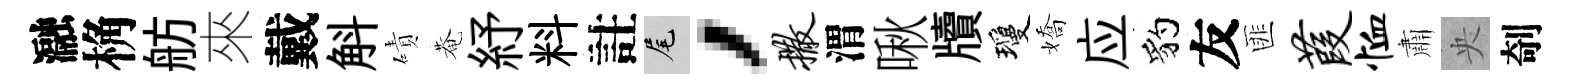
瀜桷舫來戴斛磧菴紓料註尾，撒渭啾牘瓊嬌应豹友匪葭恤肅央剞